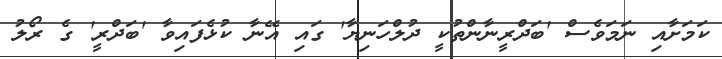
ކަމަށާއި ނަމަވެސް 'ބަދްރީނާންތުކީ ދުލްހަނިޔާ' ގައި އޭނާ ކުޅެފައިވާ 'ބަދްރީ' ގެ ރޯލު